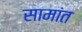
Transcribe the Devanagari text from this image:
सामांत